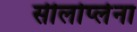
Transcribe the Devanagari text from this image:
सीलोप्लेना